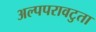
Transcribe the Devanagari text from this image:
अल्पपरावटुता